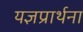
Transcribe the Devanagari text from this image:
यज्ञप्रार्थना